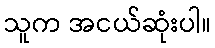
သူက အငယ်ဆုံးပါ။